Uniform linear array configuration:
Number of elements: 48
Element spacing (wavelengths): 0.5
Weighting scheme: hamming
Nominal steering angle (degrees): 30
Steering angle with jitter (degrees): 31.454
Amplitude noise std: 0.05
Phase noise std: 0.05

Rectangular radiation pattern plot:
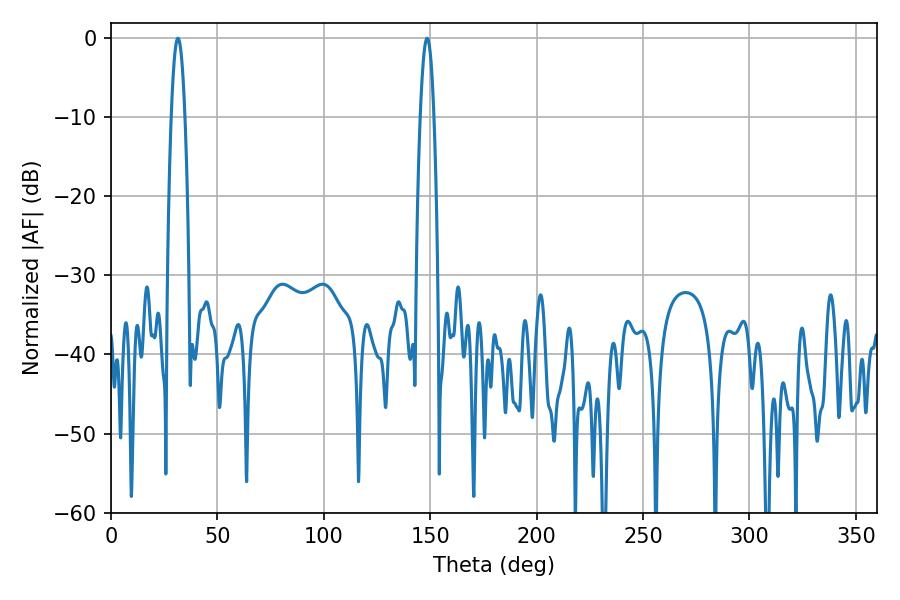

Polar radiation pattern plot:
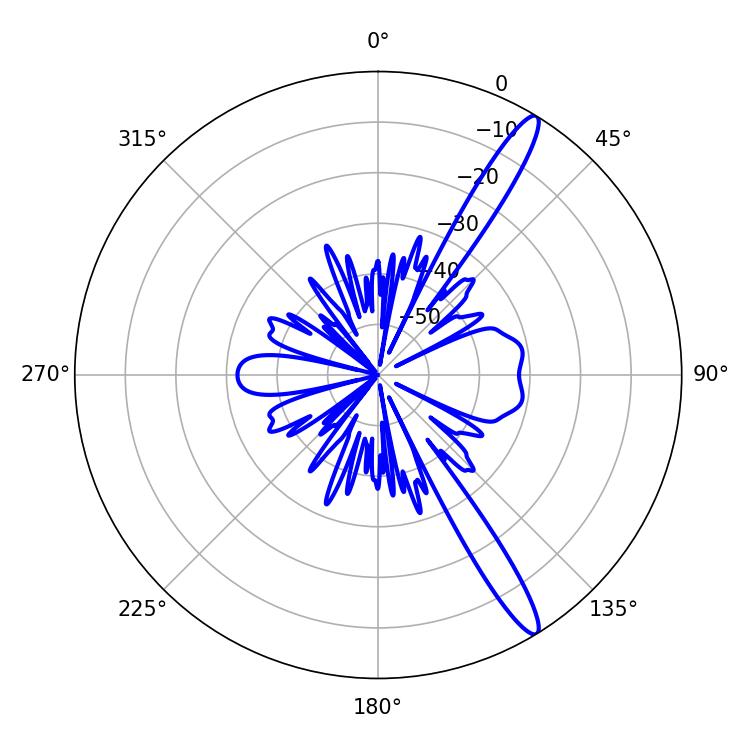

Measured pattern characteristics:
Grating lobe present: FALSE
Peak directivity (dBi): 14.526
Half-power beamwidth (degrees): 3.6
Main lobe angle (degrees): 31.5